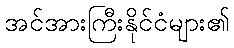
အင်အားကြီးနိုင်ငံများ၏